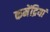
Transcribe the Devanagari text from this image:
कमेंद्रियां